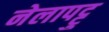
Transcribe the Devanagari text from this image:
नेलापट्टु